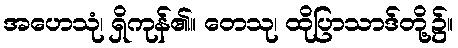
အဟေသုံ၊ ရှိကုန်၏။ တေသု၊ ထိုပြာသာဒ်တို့၌။